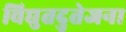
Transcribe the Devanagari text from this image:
विद्युतदुतेजना